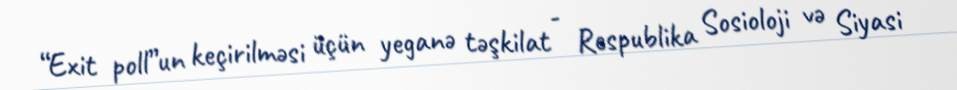
“Exit poll”un keçirilməsi üçün yeganə təşkilat - Respublika Sosioloji və Siyasi